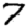
Digit: 7